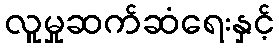
လူမှုဆက်ဆံရေးနှင့်